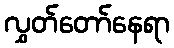
လွှတ်တော်နေရာ